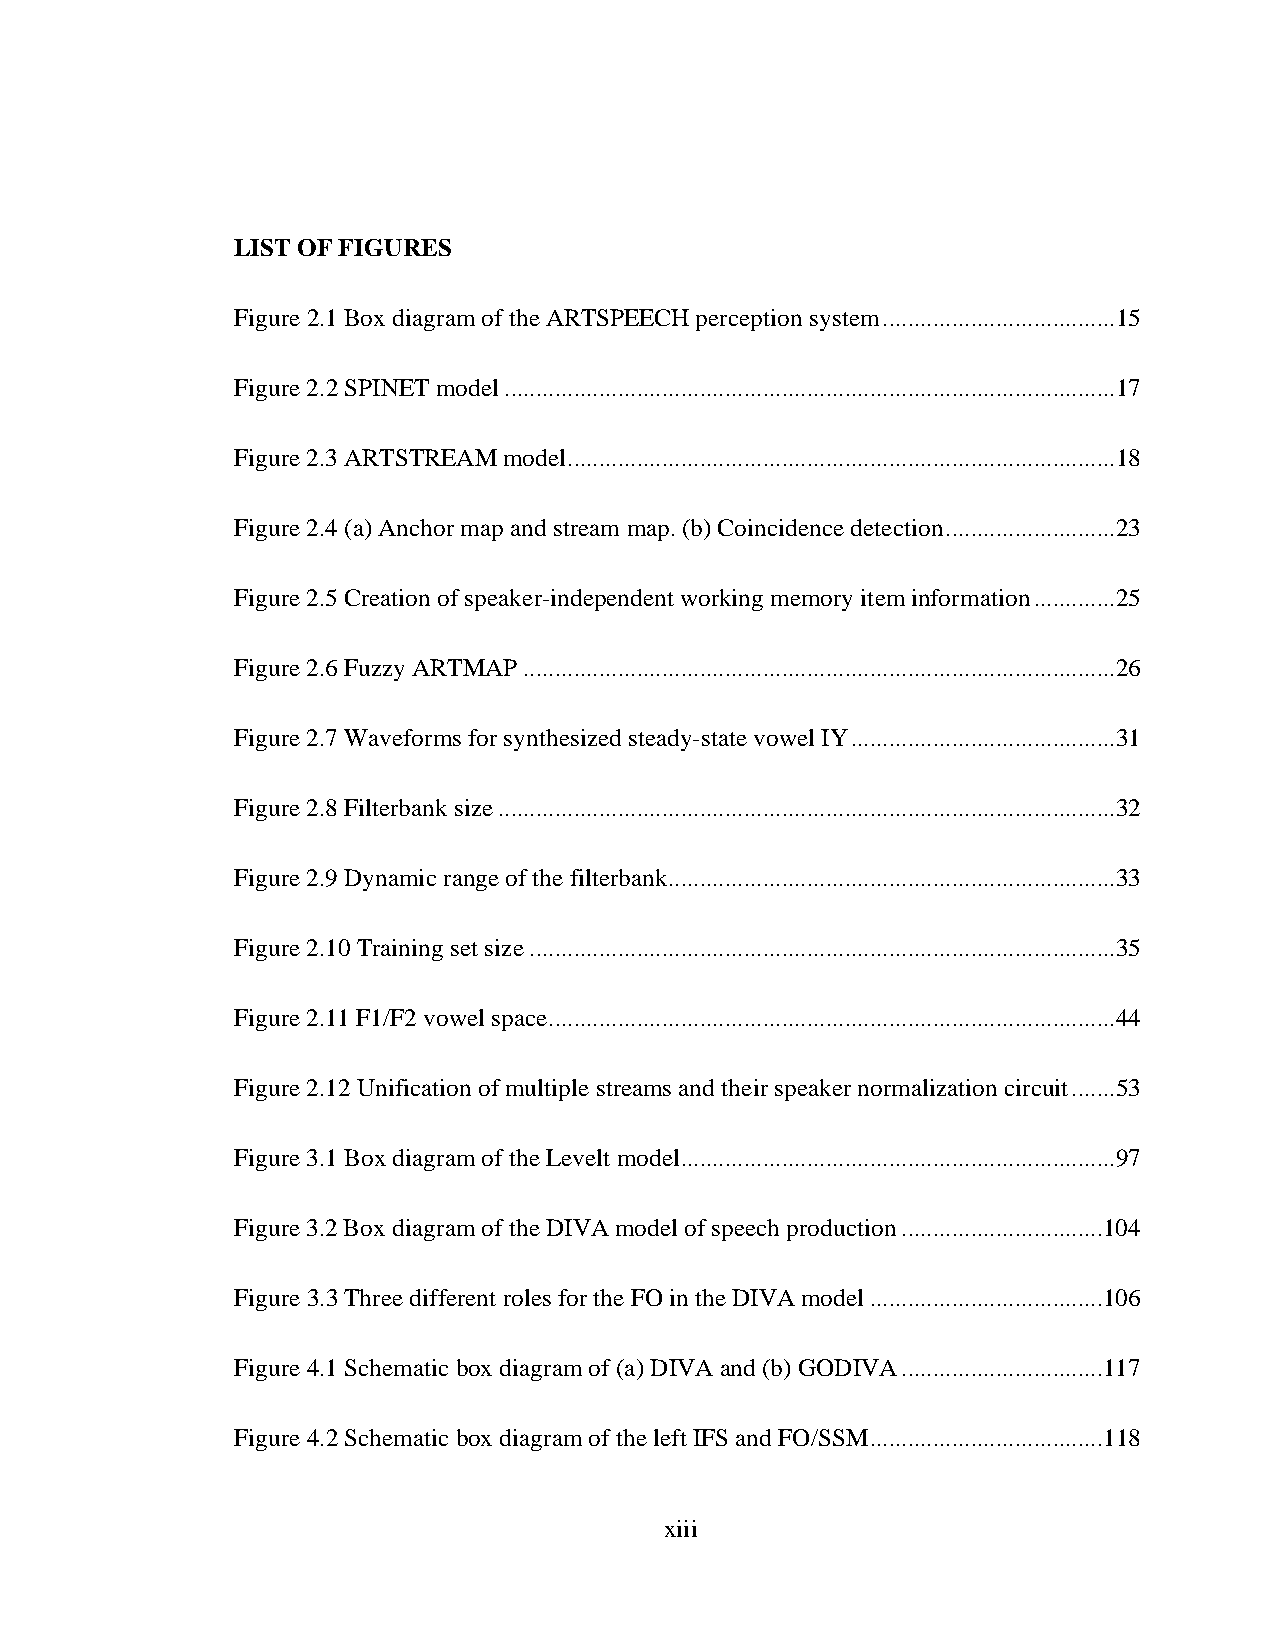
LIST OF FIGURES
 Figure 2.1 Box diagram of the ARTSPEECH perception system ..................................... 15
 Figure 2.2 SPINET model ................................................................................................. 17
 Figure 2.3 ARTSTREAM model ....................................................................................... 18
 Figure 2.4 (a) Anchor map and stream map. (b) Coincidence detection ........................... 23
 Figure 2.5 Creation of speaker-independent working memory item information ............. 25
 Figure 2.6 Fuzzy ARTMAP .............................................................................................. 26
 Figure 2.7 Waveforms for synthesized steady-state vowel IY .......................................... 31
 Figure 2.8 Filterbank size .................................................................................................. 32
 Figure 2.9 Dynamic range of the filterbank ....................................................................... 33
 Figure 2.10 Training set size ............................................................................................. 35
 Figure 2.11 F1/F2 vowel space .......................................................................................... 44
 Figure 2.12 Unification of multiple streams and their speaker normalization circuit ....... 53
 Figure 3.1 Box diagram of the Levelt model ..................................................................... 97
 Figure 3.2 Box diagram of the DIVA model of speech production ................................ 104
 Figure 3.3 Three different roles for the FO in the DIVA model ..................................... 106
 Figure 4.1 Schematic box diagram of (a) DIVA and (b) GODIVA ................................ 117
 Figure 4.2 Schematic box diagram of the left IFS and FO/SSM ..................................... 118
 xiii